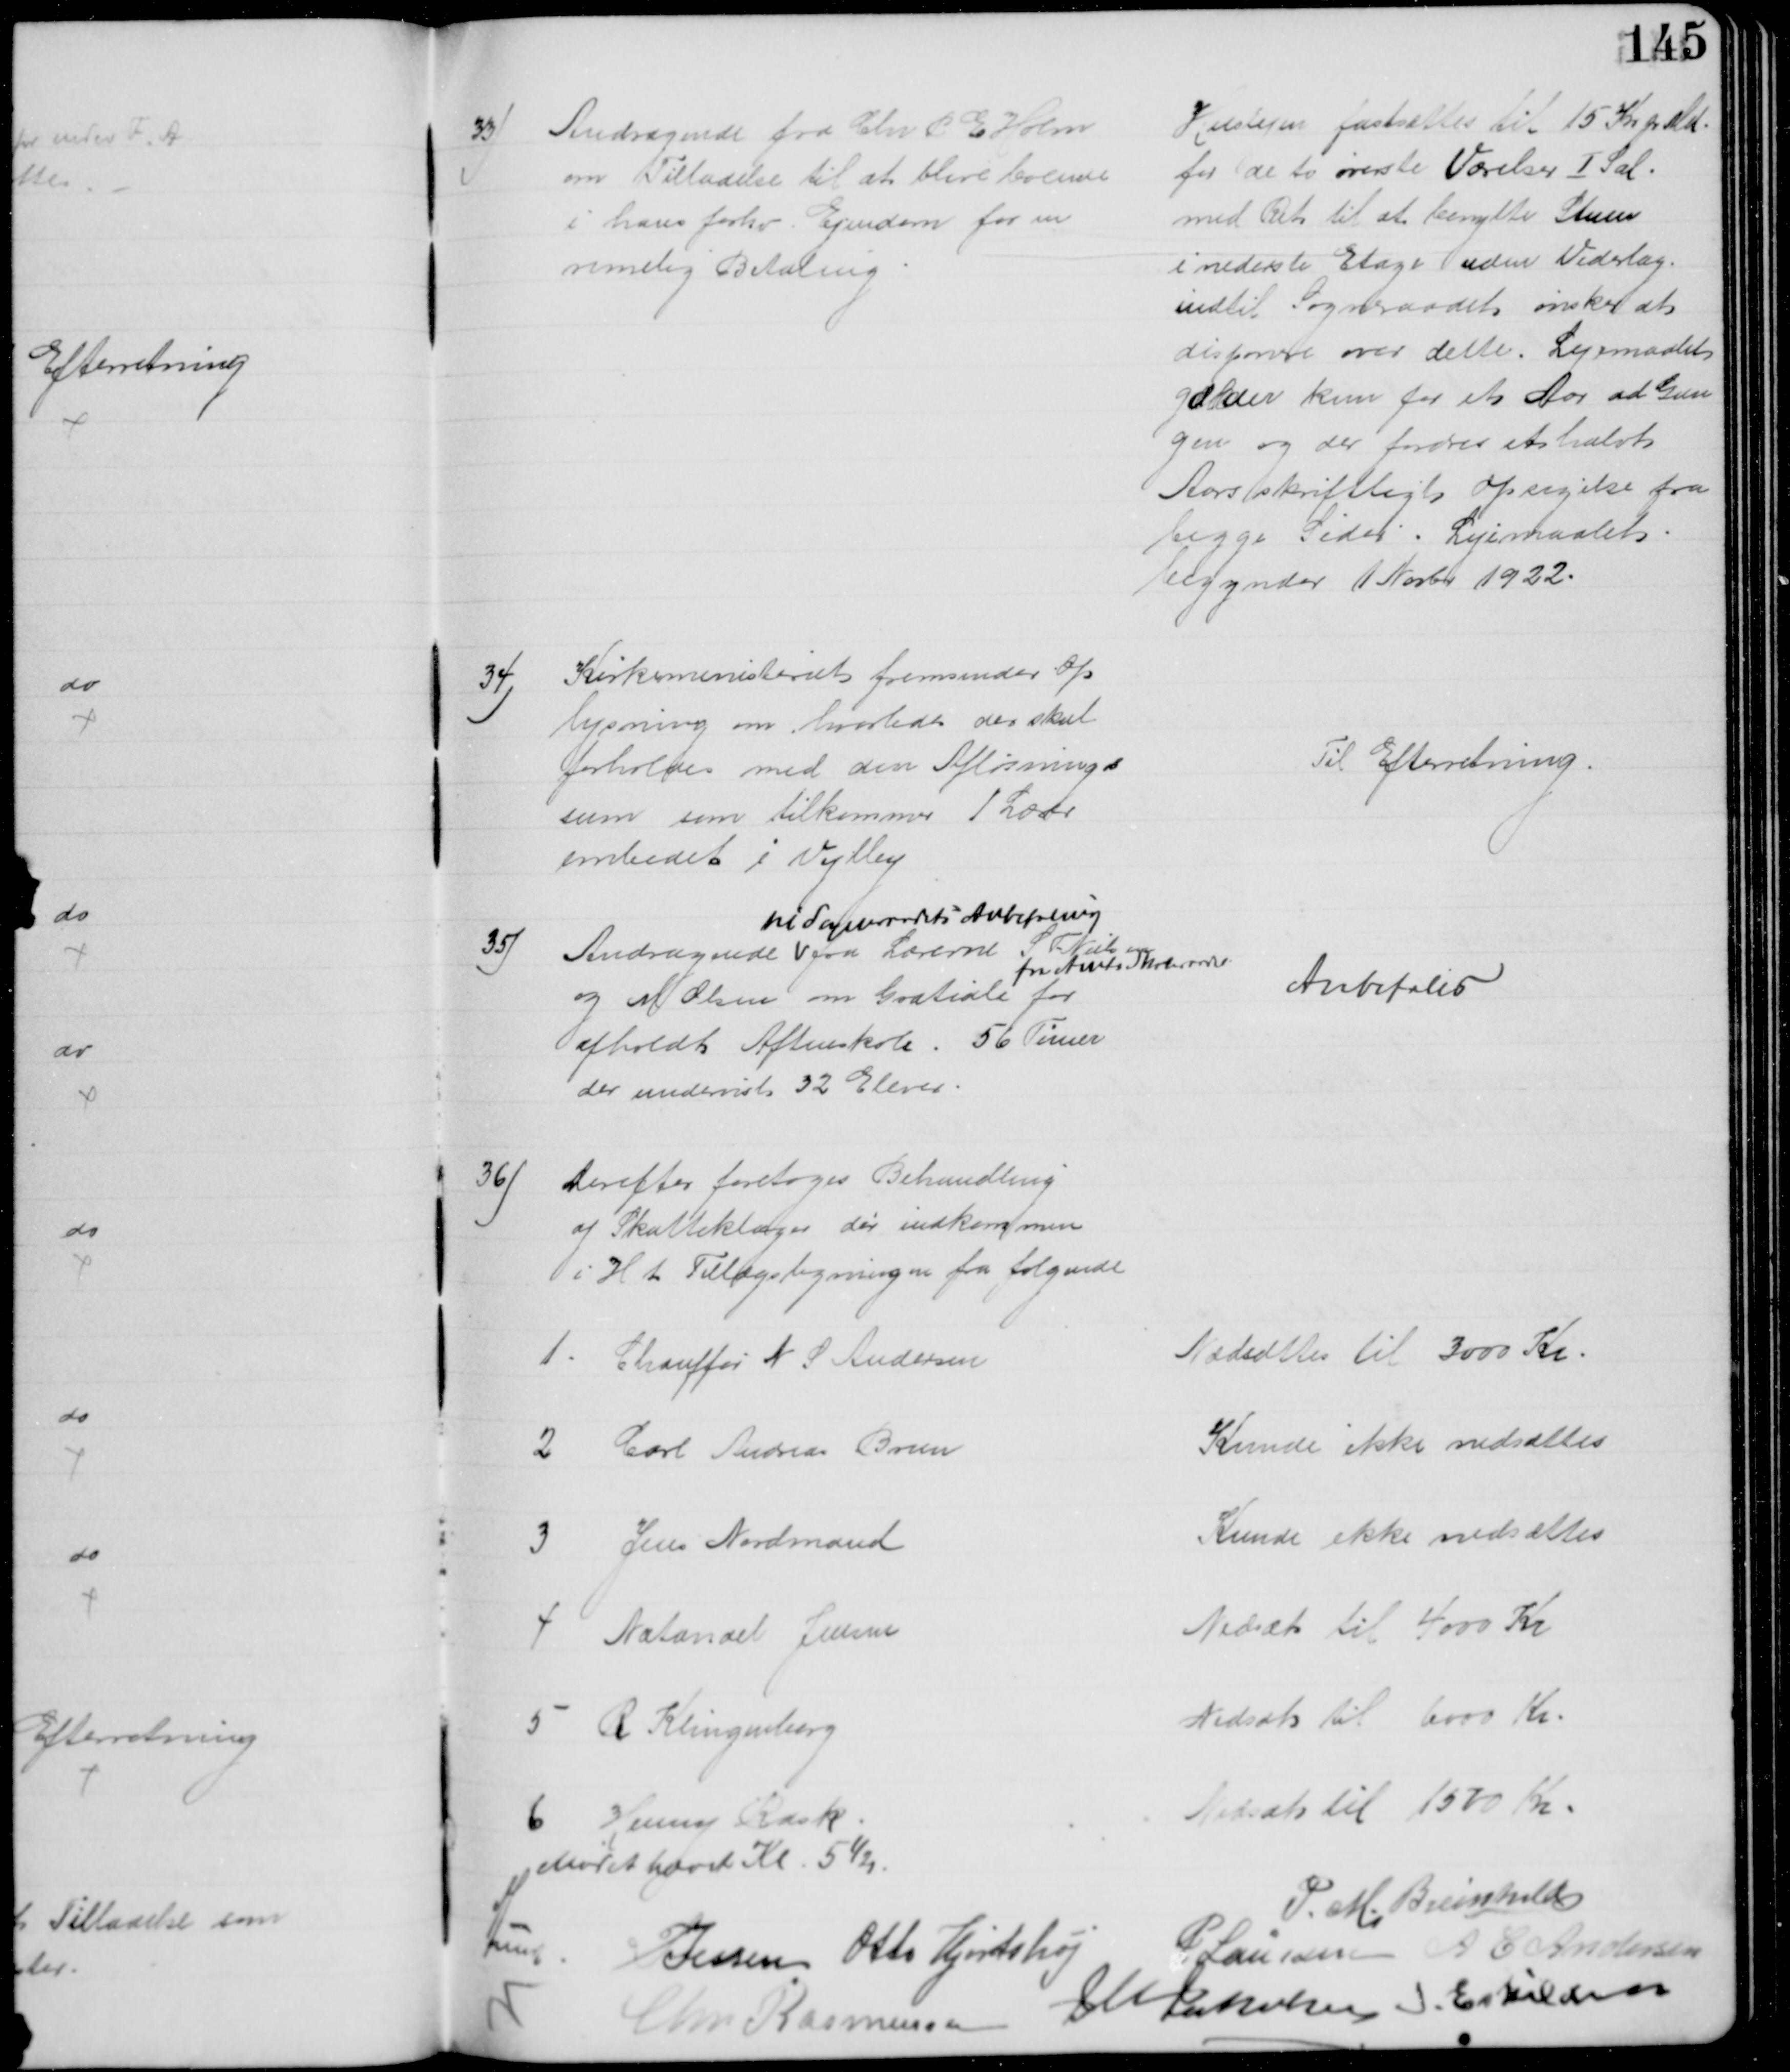
Transskription:
33)
Andragende fra Chr P E Holm
om Tilladelse til at blive boende
i hans forhv. Ejendom for en
rimelig Betaling
Huslejen fastsættes til 15 Kr pr Md.
for de to øverste Værelser I Sal
med Ret til at benytte Stuen
i nederste Etage uden Vederlag
indtil Sogneraadet ønsker at 
disponere over dette. Lejemaalet
gælder kun for et Aar ad Gan
gen og der fordres et halvt
Aars skriftligt Opsigelse fra 
begge Sider. Lejemaalet
begynder 1 Novbr 1922.
34)
Kirkeministeriet fremsender Op
lysning om hvorledes der skal
forholdes med den Aflønnings
sum som tilkommer 1 Lærer
embedet i Vejlby
Til Efterretning.
35)
Andragende 
til Sogneraadets Anbefaling
fra Lærerne S F Nielsen
og M Olsen om Gratiale 
fra Amts Skoleraadet
for
afholdt Aftenskole. 56 Timer
der undervist 32 Elever.
Anbefales
36)
Derefter foretoges Behandling
af Skatteklager der indkommen
i H t Tillægsligningen fra følgende
1. Chauffør N S Andersen
Nedsættes til 3000 Kr.
2 Carl Andreas Brun
Kunde ikke nedsættes
3 Jens Nordmand
Kunde ikke nedsættes
4 Natanael Jensen
Nedsat til 4000 Kr
5 R. Klingenberg
Nedsat til 6000 Kr.
6 Henny Rask
Nedsat til 1570 Kr.
Mødet hævet Kl. 5½
A Lund
P. M. Breinhild
P Jessen Otto Hjortshøj
P. Laursen A C Andersen
Chr Rasmussen
J M Jakobsen J. Eskildsen